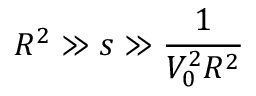
R ^ { 2 } \gg s \gg \frac { 1 } { V _ { 0 } ^ { 2 } R ^ { 2 } }